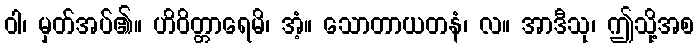
ဝါ၊ မှတ်အပ်၏။ ဟိဝိတ္တာရေမိ၊ အံ့။ သောတာယတနံ၊ လ။ အာဒီသု၊ ဤသို့အစ